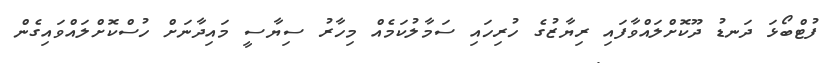
ފުޓްބޯޅަ ދަނޑު ދޫކޮށްލައްވާފައި ރިޔާޒުގެ ހުރިހައި ސަމާލުކަމެއް މިހާރު ސިޔާސީ މައިދާނަށް ހުސްކޮށްލައްވައިގެން